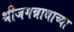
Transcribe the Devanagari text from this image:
श्रीजगन्नाथाच्या